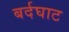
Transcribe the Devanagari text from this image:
बर्दघाट